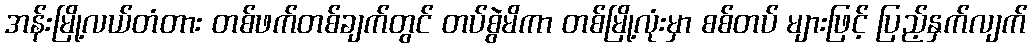
အန်းမြို့လယ်တံတား တစ်ဖက်တစ်ချက်တွင် တပ်စွဲမိကာ တစ်မြို့လုံးမှာ စစ်တပ် များဖြင့် ပြည့်နှက်လျက်